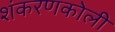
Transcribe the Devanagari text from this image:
शंकरणकोली